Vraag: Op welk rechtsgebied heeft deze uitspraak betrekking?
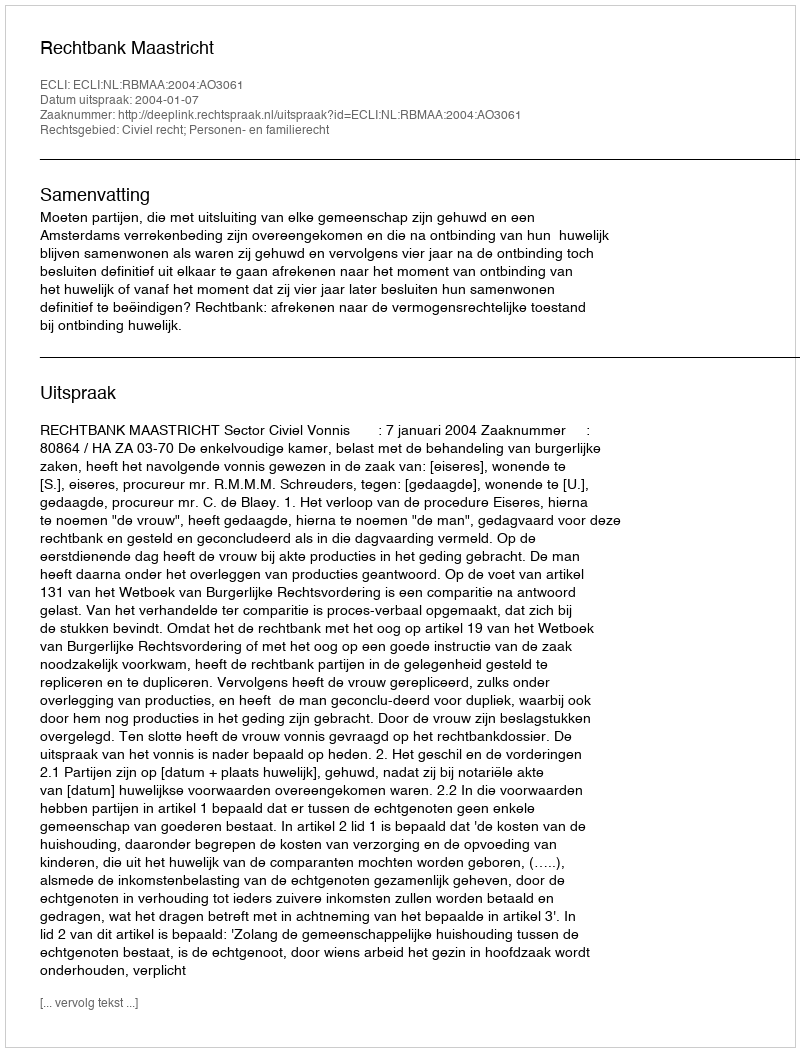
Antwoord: Civiel recht; Personen- en familierecht